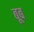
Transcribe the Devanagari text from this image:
बूब